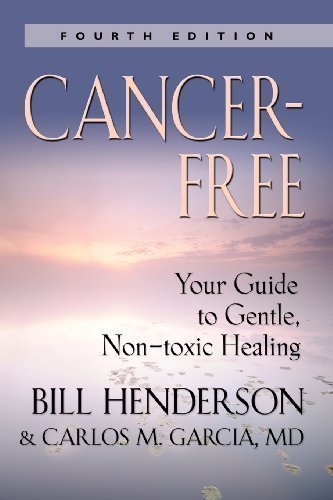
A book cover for Cancer-Free: Your Guide to Gentle, Non-toxic Healing by Henderson, Bill published by Booklocker.com, Inc. (2007) Paperback; Bill Henderson; Cookbooks, Food & Wine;